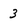
Character: 3